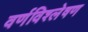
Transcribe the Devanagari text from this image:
वर्णविश्लेषण